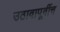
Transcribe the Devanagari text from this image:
उठावापूर्वीच